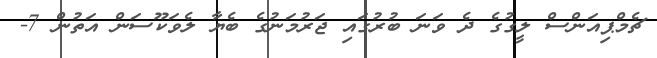
ޗެމްޕިއަންސް ލީގުގެ ދެ ވަނަ ބުރުގައި ޖަރުމަނުގެ ބެޔާ ލެވަކޫސަން އަތުން 7-